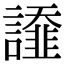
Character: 𧬩